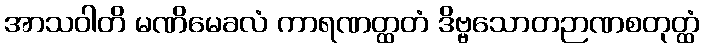
အာသဝါတိ မဏိမေခလံ ကာရဏတ္ထတံ ဒိဗ္ဗသောတဉာဏစတုတ္ထံ